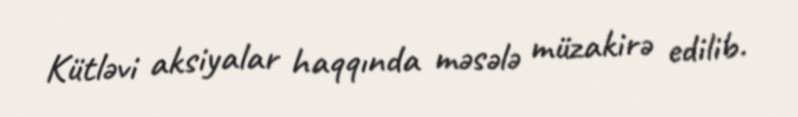
Kütləvi aksiyalar haqqında məsələ müzakirə edilib.